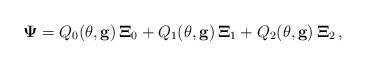
LaTeX: \begin{align*}\mathbf{\Psi} = Q_{0}(\theta,\mathbf{g})\, \mathbf{\Xi}_{0} + Q_{1}(\theta,\mathbf{g}) \, \mathbf{\Xi}_{1} + Q_{2}(\theta,\mathbf{g}) \,\mathbf{\Xi}_{2}\,,\end{align*}